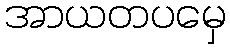
အာယတပမှေ